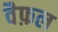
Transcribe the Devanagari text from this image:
वैफ़ल